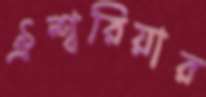
ঐশ্বরিয়ার